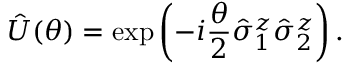
\hat { U } ( \theta ) = \exp \left( - i \frac { \theta } { 2 } \hat { \sigma } _ { 1 } ^ { z } \hat { \sigma } _ { 2 } ^ { z } \right) .